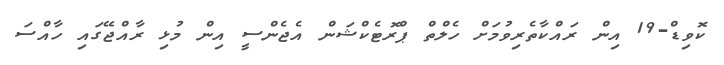
ކޮވިޑް-19 އިން ރައްކާތެރިވުމަށް ހެލްތް ޕްރޮޓެކްޝަން އެޖެންސީ އިން މުޅި ރާއްޖޭގައި ހާއްސަ